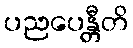
ပညပေန္တီတိ